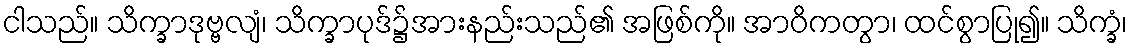
ငါသည်။ သိက္ခာဒုဗ္ဗလျံ၊ သိက္ခာပုဒ်၌အားနည်းသည်၏ အဖြစ်ကို။ အာဝိကတွာ၊ ထင်စွာပြု၍။ သိက္ခံ၊